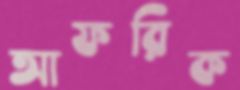
আফরিক